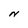
Character: N